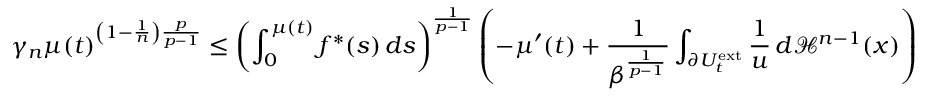
\gamma _ { n } \mu ( t ) ^ { \left( 1 - \frac { 1 } { n } \right) \frac { p } { p - 1 } } \leq \left( \int _ { 0 } ^ { \mu ( t ) } f ^ { \ast } ( s ) \, d s \right) ^ { \frac { 1 } { p - 1 } } \left( - \mu ^ { \prime } ( t ) + \frac { 1 } { \beta ^ { \frac { 1 } { p - 1 } } } \int _ { \partial U _ { t } ^ { \mathrm { e x t } } } \frac { 1 } { u } \, d \mathcal { H } ^ { n - 1 } ( x ) \right)